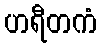
ဟရီတကံ